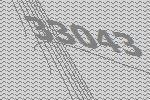
33043